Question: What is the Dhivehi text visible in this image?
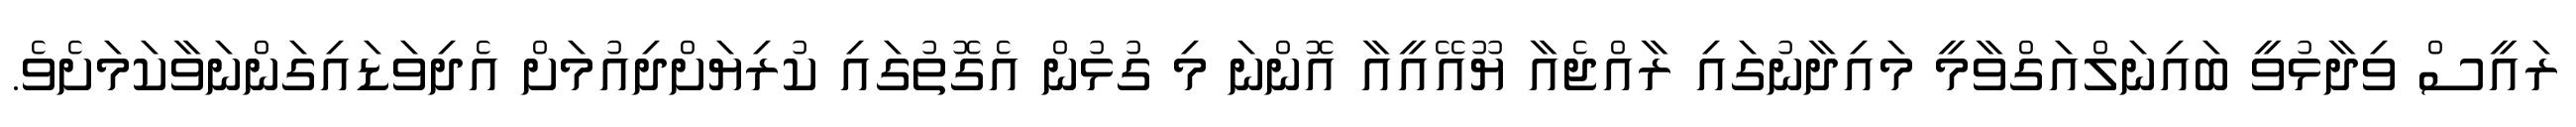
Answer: ރައީސް ވިދާޅުވީ ބައިނަލްއަގްވާމީ މައިދާނުގައި ރާއްޖެއާ ޔޫއޭއީއާ އޮންނަ މި ގުޅުން އެގޮތުގައި ކުރިޔަށްދިއުމަށް އެދިވަޑައިގަންނަވާކަމަށެވެ.